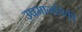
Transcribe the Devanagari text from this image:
उषमागतिकी